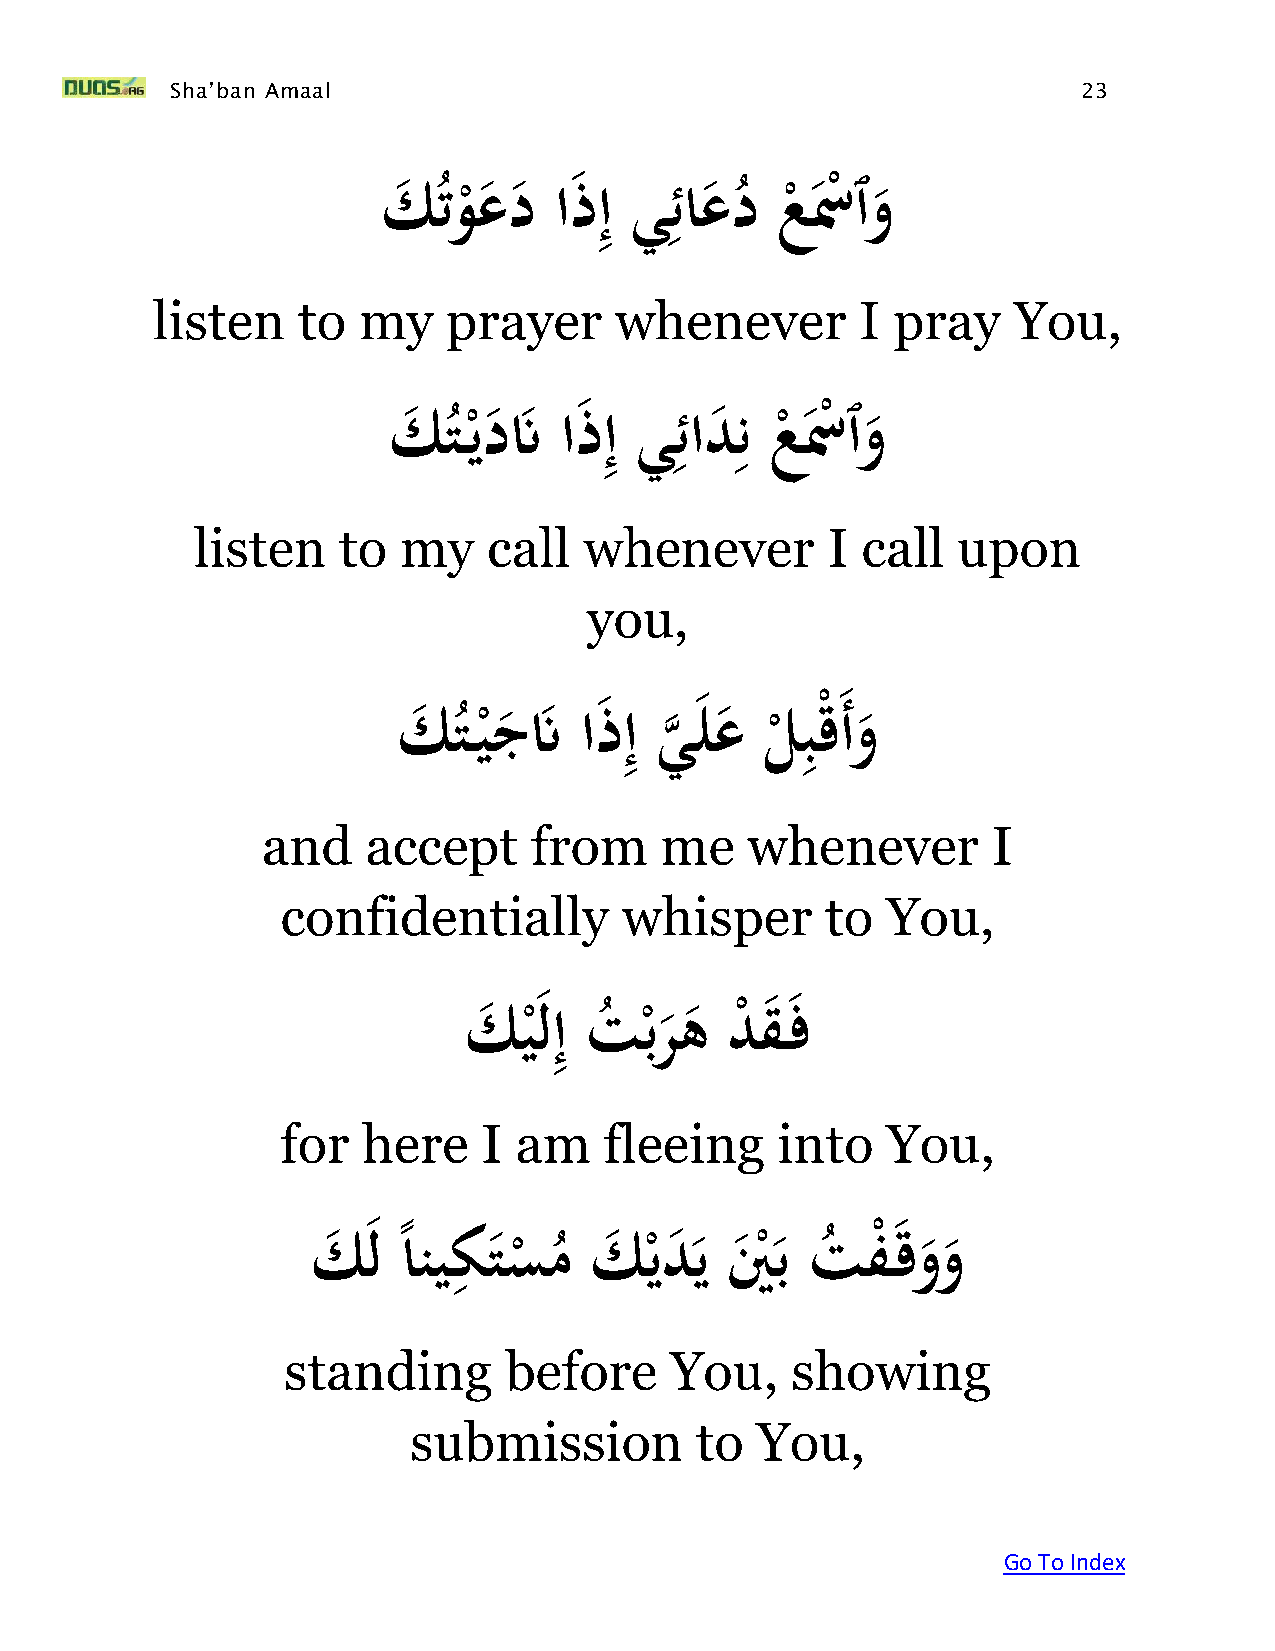
Sha’ban Amaal                                                23
 ِ    ِ
 َكتوعدَاذإَيئاعدَعسْٱو
 ُ ْ                ُ   ْ  ْ
 listen    to  my    prayer     whenever        I pray    You,
 ِ   ِ   ِ
 كَ ت يدنََاذإَيئادنَعسْٱو
 ُْ                    ْ
 ْ
 listen   to  my    call   whenever        I call  upon
 you,
 ِ           ِ
 َ  َكت   يجنََا ذإَي   لعَلبْق   َأوَ
 ُ ْ           ه
 ْ
 and    accept     from     me   whenever         I
 confidentially        whisper       to  You,
 ِ
 كَ  ي
 ْ
 لإَت
 ُ
 ْبره َد
 ْ
 ق ف
 for  here    I am    fleeing    into    You,
 ِ
 كَ لَ ًانيك تس
 ْ
 م
 ُ
 َك   ْيد يَين
 ْ
 بَت
 ُ
 فْ قو وَ
 standing      before     You,    showing
 submission         to  You,
 Go To Index